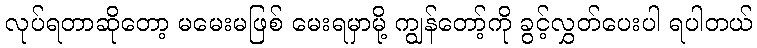
လုပ်ရတာဆိုတော့ မမေးမဖြစ် မေးရမှာမို့ ကျွန်တော့်ကို ခွင့်လွှတ်ပေးပါ ရပါတယ်